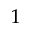
^ { 1 }